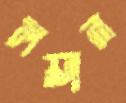
লয়ান